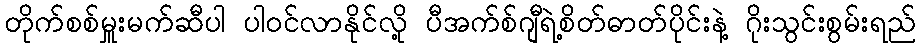
တိုက်စစ်မှူးမက်ဆီပါ ပါဝင်လာနိုင်လို့ ပီအက်စ်ဂျီရဲ့စိတ်ဓာတ်ပိုင်းနဲ့ ဂိုးသွင်းစွမ်းရည်